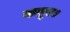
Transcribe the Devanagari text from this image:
कपूर।